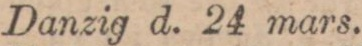
Danzig d. 24 mars.